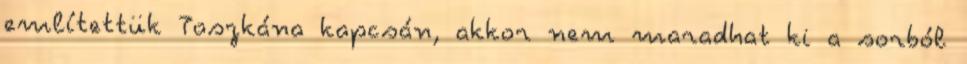
említettük Toszkána kapcsán, akkor nem maradhat ki a sorból